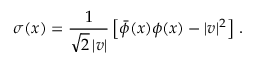
\sigma ( x ) = \frac { 1 } { \sqrt { 2 } \, | v | } \left[ \bar { \phi } ( x ) \phi ( x ) - | v | ^ { 2 } \right] \, .